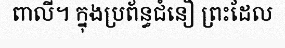
ពាលី។ ក្នុងប្រព័ន្ធជំនឿ ព្រះដែល